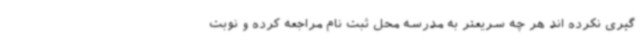
گیری نکرده اند هر چه سریعتر به مدرسه محل ثبت نام مراجعه کرده و نوبت